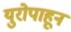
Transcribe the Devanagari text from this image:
युरोपाहून